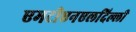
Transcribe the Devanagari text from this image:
एमटीएनएलदिल्ली